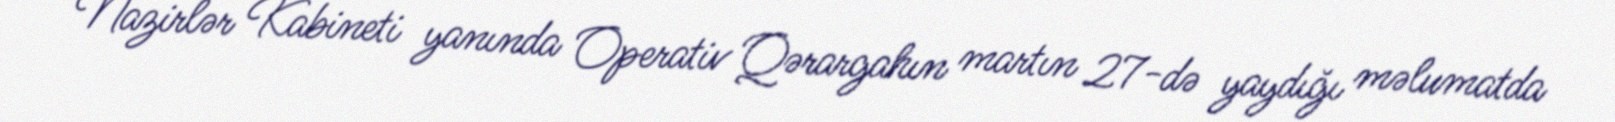
Nazirlər Kabineti yanında Operativ Qərargahın martın 27-də yaydığı məlumatda